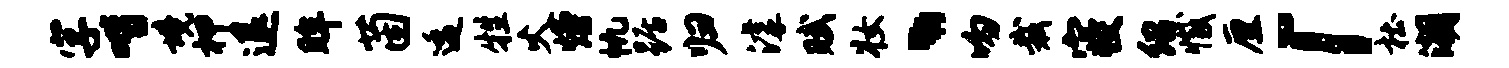
字喈境柙退眸茵逶牲火熳帆踞归滹赋妆、吻裁寝绍撼厘「杜潮